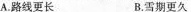
A.路线更长 B.雪期更久